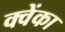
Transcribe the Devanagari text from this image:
क्वेंका